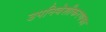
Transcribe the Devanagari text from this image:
उपनिवेशीकरणका